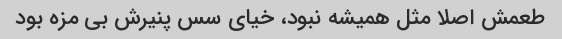
طعمش اصلا مثل همیشه نبود، خیای سس پنیرش بی مزه بود